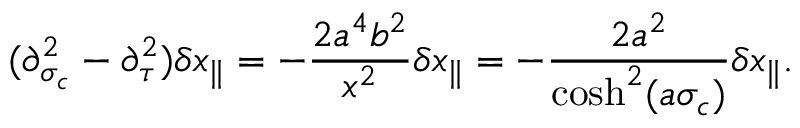
( \partial _ { \sigma _ { c } } ^ { 2 } - \partial _ { \tau } ^ { 2 } ) \delta x _ { \parallel } = - \frac { 2 a ^ { 4 } b ^ { 2 } } { x ^ { 2 } } \delta x _ { \parallel } = - \frac { 2 a ^ { 2 } } { \cosh ^ { 2 } ( a \sigma _ { c } ) } \delta x _ { \parallel } .